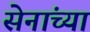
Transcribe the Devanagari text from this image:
सेनांच्या